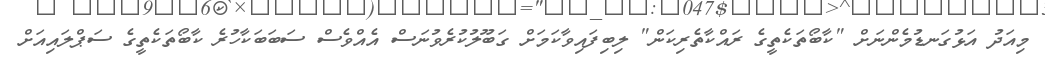
މިއަދު އަޅުގަނޑުމެންނަށް "ކާބޯތަކެތީގެ ރައްކާތެރިކަން" ލިބިފައިވާކަމަށް ގަބޫލުކުރެވުނަސް އެއްވެސް ސަބަބަކާހުރެ ކާބޯތަކެތީގެ ސަޕްލައިއަށް